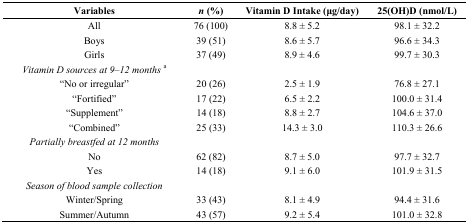
<table><thead><tr><td><b>Variables</b></td><td><b><i>n</i> (%)</b></td><td><b>Vitamin D Intake (μg/day)</b></td><td><b>25(OH)D (nmol/L)</b></td></tr></thead><tbody><tr><td>All</td><td>76 (100)</td><td>8.8 ± 5.2</td><td>98.1 ± 32.2</td></tr><tr><td>Boys</td><td>39 (51)</td><td>8.6 ± 5.7</td><td>96.6 ± 34.3</td></tr><tr><td>Girls</td><td>37 (49)</td><td>8.9 ± 4.6</td><td>99.7 ± 30.3</td></tr><tr><td><i>Vitamin D sources at 9–12 months</i><sup>a</sup></td><td></td><td></td><td></td></tr><tr><td>“No or irregular”</td><td>20 (26)</td><td>2.5 ± 1.9</td><td>76.8 ± 27.1</td></tr><tr><td>“Fortified”</td><td>17 (22)</td><td>6.5 ± 2.2</td><td>100.0 ± 31.4</td></tr><tr><td>“Supplement”</td><td>14 (18)</td><td>8.8 ± 2.7</td><td>104.6 ± 37.0</td></tr><tr><td>“Combined”</td><td>25 (33)</td><td>14.3 ± 3.0</td><td>110.3 ± 26.6</td></tr><tr><td><i>Partially breastfed at 12 months</i></td><td></td><td></td><td></td></tr><tr><td>No</td><td>62 (82)</td><td>8.7 ± 5.0</td><td>97.7 ± 32.7</td></tr><tr><td>Yes</td><td>14 (18)</td><td>9.1 ± 6.0</td><td>101.9 ± 31.5</td></tr><tr><td><i>Season of blood sample collection</i></td><td></td><td></td><td></td></tr><tr><td>Winter/Spring</td><td>33 (43)</td><td>8.1 ± 4.9</td><td>94.4 ± 31.6</td></tr><tr><td>Summer/Autumn</td><td>43 (57)</td><td>9.2 ± 5.4</td><td>101.0 ± 32.8</td></tr></tbody></table>